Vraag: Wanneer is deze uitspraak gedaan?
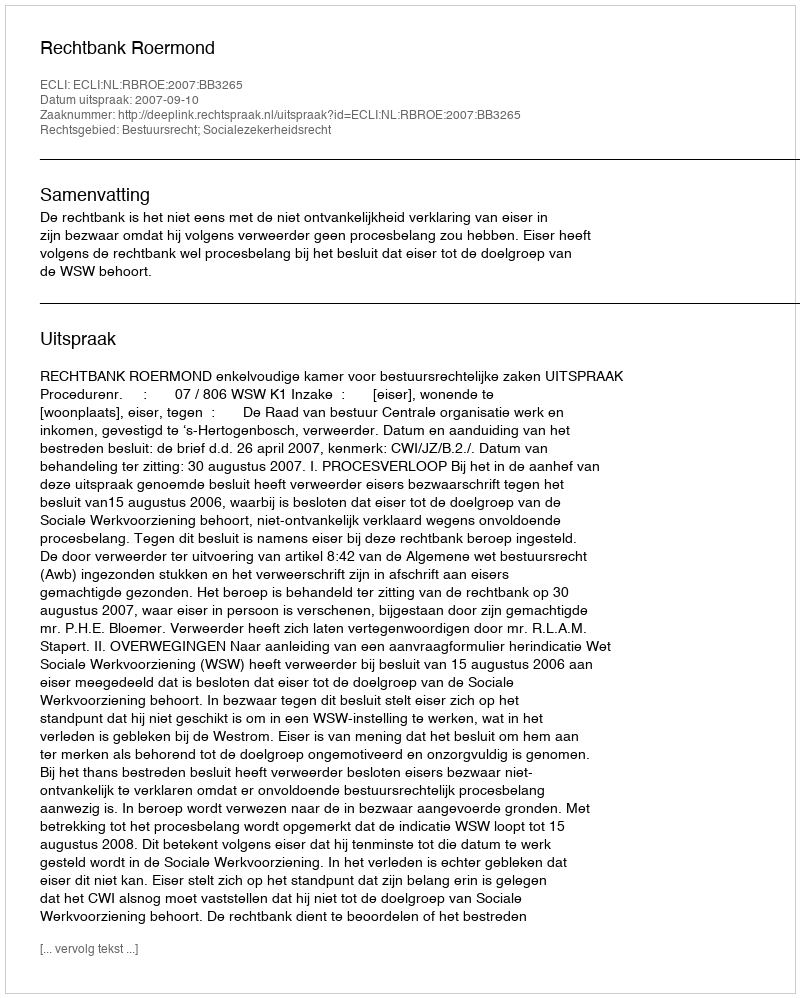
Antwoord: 2007-09-10